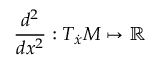
\frac { d ^ { 2 } } { d x ^ { 2 } } : T _ { \dot { x } } M \mapsto \mathbb { R }